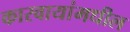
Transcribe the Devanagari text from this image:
कारवायांमधील